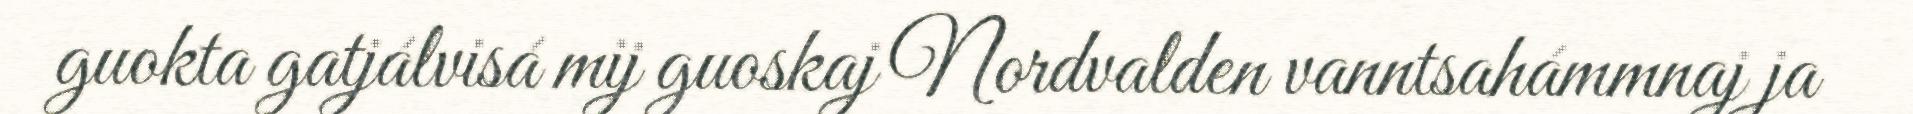
guokta gatjálvisá mij guoskaj Nordvalden vanntsahámmnaj ja